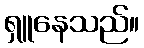
ရှူနေသည်။